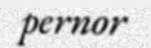
pernor